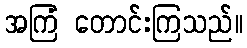
အကြံ တောင်းကြသည်။